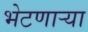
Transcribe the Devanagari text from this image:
भेटणार्‍या